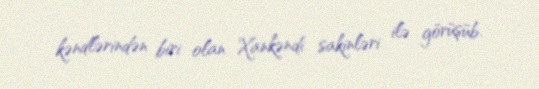
kəndlərindən biri olan Xankəndi sakinləri ilə görüşüb.